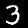
Label: 3